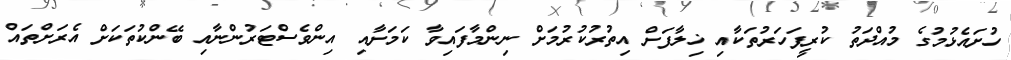
ހުށައެޅުމުގެ މުއްދަތު ކުރީފަހަރުތަކާއި ޚިލާފަށް އިތުރުކުރުމަށް ނިންމާފައިވާ ކަމަށާއި އިންވެސްޓަރުންނާއި ބޭންކުތަކަށް އެރަށްތައް